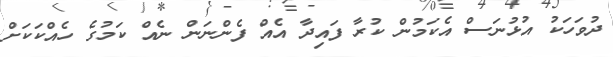
ދުވަހަކު އުޅުނަސް އެކަމުން ކުރާ ފައިދާ އެއް ފެންނަން ނެއް ކަމުގެ ހެއްކަކަށް